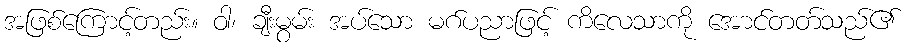
အဖြစ်ကြောင့်တည်း။ ဝါ၊ ချီးမွမ်း အပ်သော မဂ်ပညာဖြင့် ကိလေသာကို အောင်တတ်သည်၏